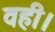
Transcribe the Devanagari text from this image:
वही।